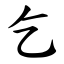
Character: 乞